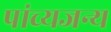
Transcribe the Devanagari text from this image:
पांच्यजन्य